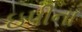
ઇપીના